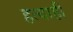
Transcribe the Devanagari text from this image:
हत्याही